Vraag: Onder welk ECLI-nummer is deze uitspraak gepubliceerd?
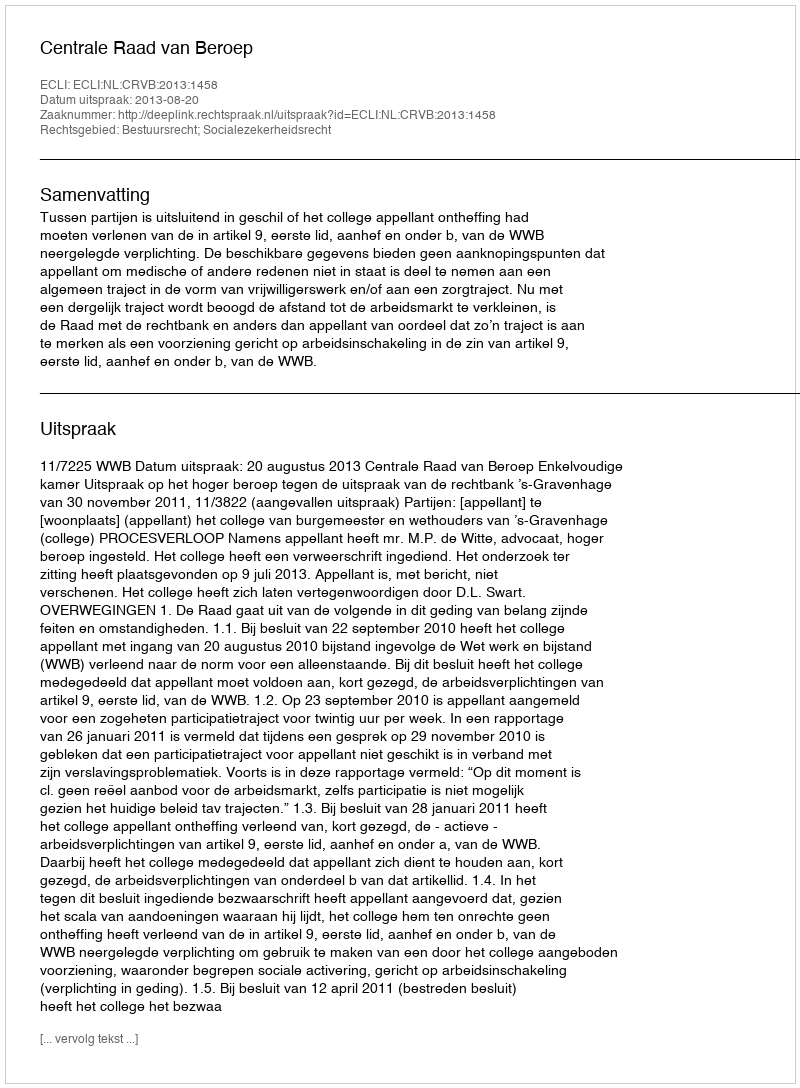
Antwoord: ECLI:NL:CRVB:2013:1458